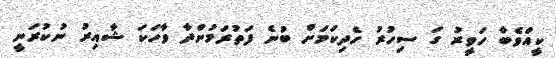
ކީއްވެބާ ހަވީރު ގަ ސިހުރު ހެދިކަމަށް ބުނެ ފަތުރަމުންދާ ވާހަކަ ޝާއިރު ނުކުރަނީ